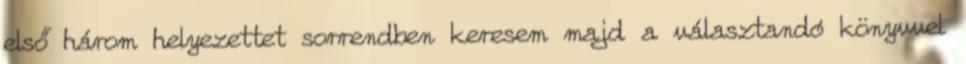
első három helyezettet sorrendben keresem majd a választandó könyvvel